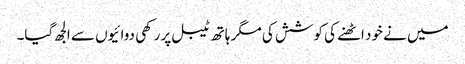
میں نے خود اٹھنے کی کوشش کی مگر ہاتھ ٹیبل پر رکھی دوائیوں سے الجھ گیا۔